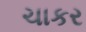
ચાકર